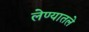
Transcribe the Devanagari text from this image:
लेण्यातले